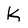
Character: k